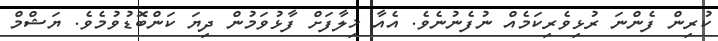
ކުރިން ފެންނަ ރުޅިވެރިކަމެއް ނުފެނުނެވެ. އެއާ ޚިލާފަށް ފާޅުވަމުން ދިޔަ ކަންބޮޑުވުމެވެ. ޔަޝްމް